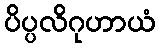
ပိပ္ပလိဂုဟာယံ